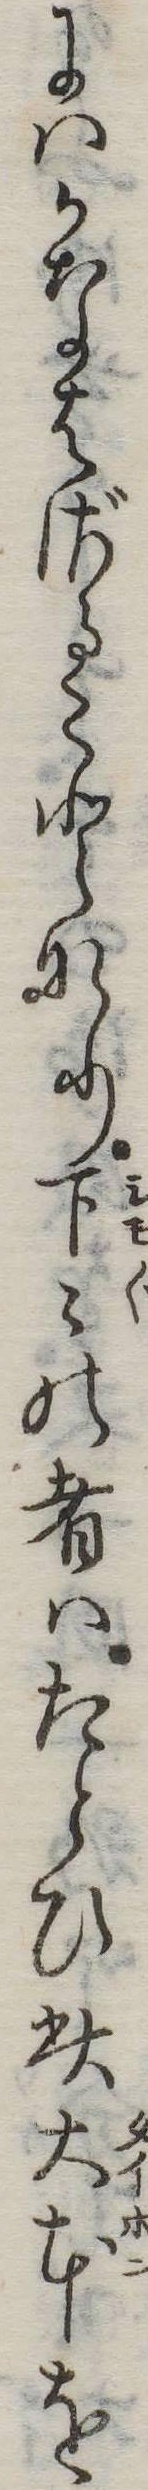
にはかなはざることなり下の者はたとひ此大本を